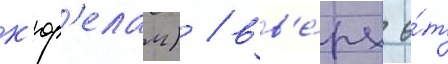
к'юр'елам) / вв'е́рх о́т